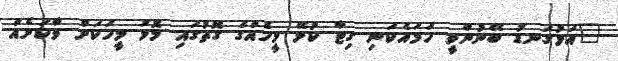
"އަޅުގަނޑު ބޭނުންވީ ހަމައެކަނި ގިޓާ ކުޅޭ މީހެއްގެ ގޮތުގައި މޮޅު މީހަކަށް ވާކަށެއް